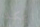
يمكنك